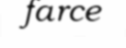
farce